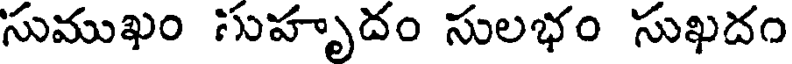
సుముఖం సుహృదం సులభం సుఖదం